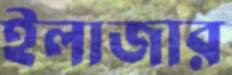
ইলাজার